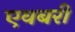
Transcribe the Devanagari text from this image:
एवबरी